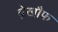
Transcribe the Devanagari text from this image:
बे़खौ़फ